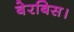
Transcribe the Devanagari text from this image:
बेरबिस।